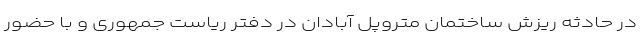
در حادثه ریزش ساختمان متروپل آبادان در دفتر ریاست جمهوری و با حضور